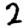
Digit: 2